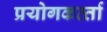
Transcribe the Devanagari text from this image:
प्रयोगकर्त्‍ता